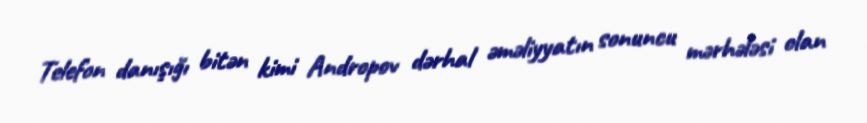
Telefon danışığı bitən kimi Andropov dərhal əməliyyatın sonuncu mərhələsi olan